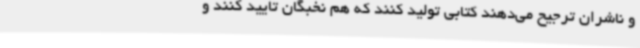
و ناشران ترجیح می‌دهند کتابی تولید کنند که هم نخبگان تایید کنند و